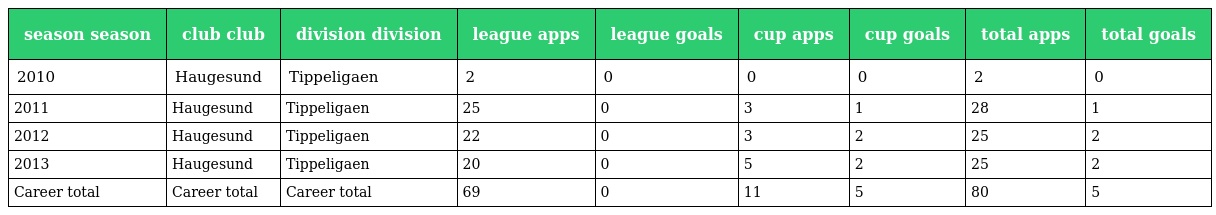
| season season | club club | division division | league apps | league goals | cup apps | cup goals | total apps | total goals |
 | --- | --- | --- | --- | --- | --- | --- | --- | --- |
 | 2010 | Haugesund | Tippeligaen | 2 | 0 | 0 | 0 | 2 | 0 |
 | 2011 | Haugesund | Tippeligaen | 25 | 0 | 3 | 1 | 28 | 1 |
 | 2012 | Haugesund | Tippeligaen | 22 | 0 | 3 | 2 | 25 | 2 |
 | 2013 | Haugesund | Tippeligaen | 20 | 0 | 5 | 2 | 25 | 2 |
 | Career total | Career total | Career total | 69 | 0 | 11 | 5 | 80 | 5 |